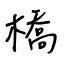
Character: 橋